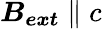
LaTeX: \boldsymbol{B_{ext}}\parallel c